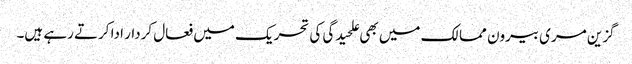
گزین مری بیرون ممالک میں بھی علحیدگی کی تحریک میں فعال کردار ادا کرتے رہے ہیں۔